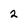
Character: 2